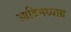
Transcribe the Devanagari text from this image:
आदिमध्याग्र